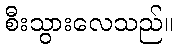
စီးသွားလေသည်။